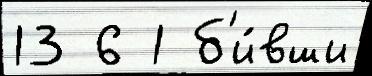
13 6 1 б'и́вши